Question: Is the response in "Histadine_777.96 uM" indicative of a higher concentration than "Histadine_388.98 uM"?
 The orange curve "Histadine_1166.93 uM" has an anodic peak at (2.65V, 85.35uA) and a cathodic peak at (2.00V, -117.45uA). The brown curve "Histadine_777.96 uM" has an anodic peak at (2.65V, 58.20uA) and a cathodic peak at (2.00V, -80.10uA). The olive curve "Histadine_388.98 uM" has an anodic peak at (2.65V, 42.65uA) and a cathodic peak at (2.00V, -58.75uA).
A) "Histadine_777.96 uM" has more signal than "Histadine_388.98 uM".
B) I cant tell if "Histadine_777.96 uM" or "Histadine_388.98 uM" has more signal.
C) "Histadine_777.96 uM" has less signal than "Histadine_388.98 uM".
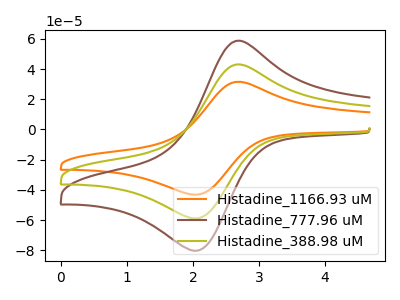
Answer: <think>All the peaks in "Histadine_777.96 uM" have a peak in "Histadine_388.98 uM" at the same potential. Every peak in "Histadine_777.96 uM" is higher than every peak in "Histadine_388.98 uM".
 </think>
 <answer>A) "Histadine_777.96 uM" has more signal than "Histadine_388.98 uM".</answer>
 <eval>A</eval>